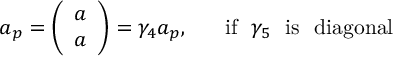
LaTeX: a _ { p } = \left( \begin{array} { c } { { a } } \\ { { a } } \end{array} \right) = \gamma _ { 4 } a _ { p } , ~ ~ ~ ~ ~ \mathrm { i f } ~ ~ \gamma _ { 5 } ~ ~ \mathrm { i s ~ ~ d i a g o n a l } \nonumber